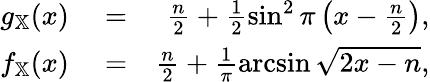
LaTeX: \begin{array}{rlr}{g_{\mathbb{X}}(x)}&{{}=}&{\frac{n}{2}+\frac{1}{2}\sin^{2}\pi\left(x-\frac{n}{2}\right),}\\ {f_{\mathbb{X}}(x)}&{{}=}&{\frac{n}{2}+\frac{1}{\pi}\arcsin\sqrt{2x-n},}\end{array}